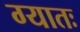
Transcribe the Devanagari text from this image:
ग्यातः